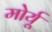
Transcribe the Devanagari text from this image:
मोर्यू